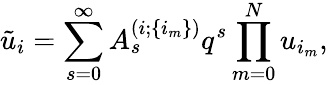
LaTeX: \tilde{u}_{i}=\sum_{s=0}^{\infty}A_{s}^{(i;\{ i_{m}\} )}q^{s}\prod_{m=0}^{N}u_{i_{m}},